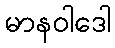
မာနဝါဒေါ